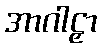
အာဂါဠှာ